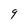
Character: 9